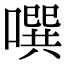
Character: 噀